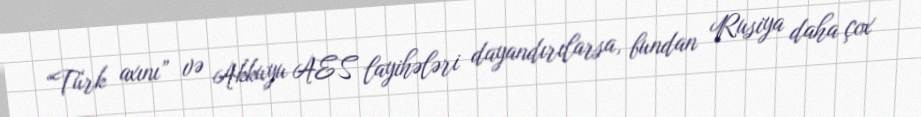
“Türk axını” və Akkuyu AES layihələri dayandırılarsa, bundan Rusiya daha çox